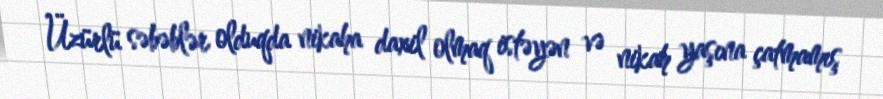
Üzürlü səbəblər olduqda nikaha daxil olmaq istəyən və nikah yaşına çatmamış